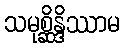
သမုစ္ဆိန္ဒိဿာမ